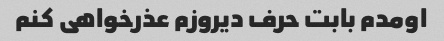
اومدم بابت حرف دیروزم عذرخواهی کنم